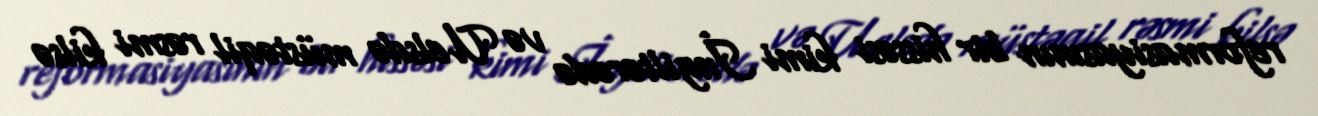
reformasiyasının bir hissəsi kimi İngiltərədə və Uelsdə müstəqil rəsmi kilsə